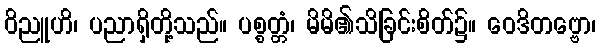
ဝိညူဟိ၊ ပညာရှိတို့သည်။ ပစ္စတ္တံ၊ မိမိ၏သိခြင်းစိတ်၌။ ဝေဒိတဗ္ဗော၊